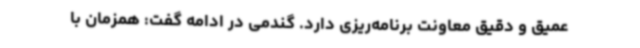
عمیق و دقیق معاونت برنامه‌ریزی دارد. گندمی در ادامه گفت: همزمان با